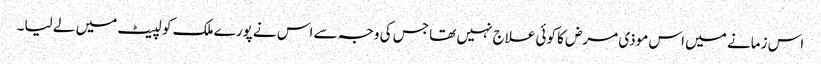
اس زمانے میں اس موذی مرض کا کوئی علاج نہیں تھا جس کی وجہ سے اس نے پورے ملک کو لپیٹ میں لے لیا۔